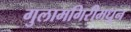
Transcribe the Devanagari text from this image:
गुलामगिरीमधून